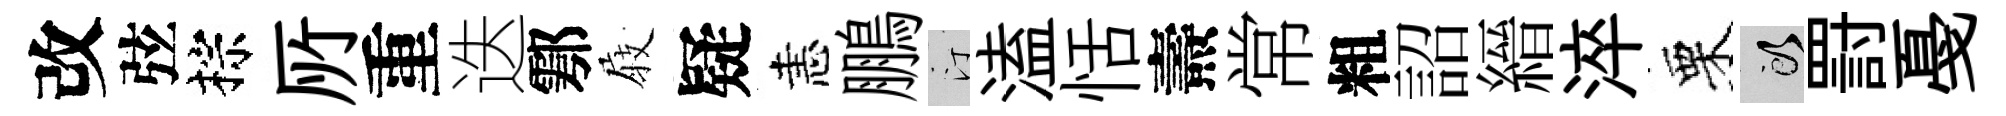
改弦棕𠩄重迭鄠𡲆疑恚鵬汀溘恬燾常粗詔縉淬栗頭罸戞